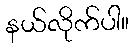
နယ်လိုက်ပါ။